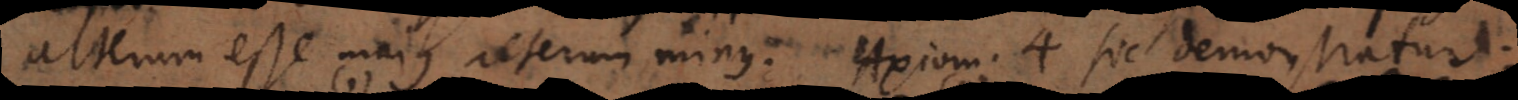
alterum esse majus alterum minus. Axioma 4 sic demonstratur: